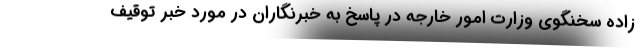
زاده سخنگوی وزارت امور خارجه در پاسخ به خبرنگاران در مورد خبر توقیف